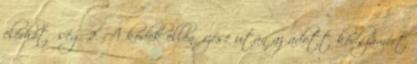
elérhetőség 2. A kódok ellenőrzése után az adott kódszámért